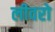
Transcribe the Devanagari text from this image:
लीवरो